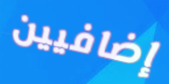
إضافيين